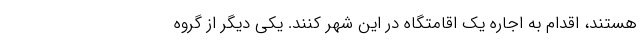
هستند، اقدام به اجاره یک اقامتگاه در این شهر کنند. یکی دیگر از گروه